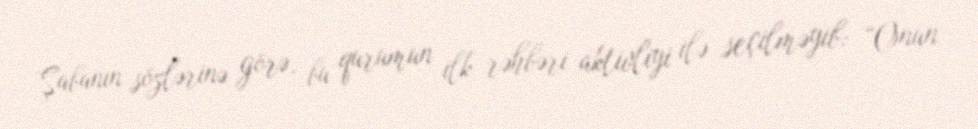
Şabanın sözlərinə görə, bu qurumun ilk rəhbəri aktivliyi ilə seçilməyib: “Onun